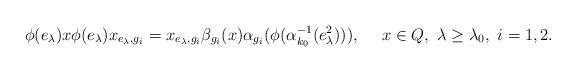
LaTeX: \begin{align*}\phi(e_\lambda)x\phi(e_\lambda)x_{e_\lambda,g_i}=x_{e_\lambda,g_i}\beta_{g_i}(x)\alpha_{g_i}(\phi(\alpha_{k_0}^{-1}(e_\lambda^2 ))),\ \ \ \ x\in Q,\ \lambda\geq\lambda_0,\ i=1,2.\end{align*}